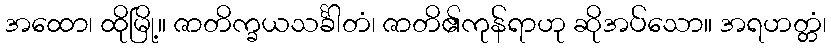
အထော၊ ထိုမြို့။ ဇာတိက္ခယသင်္ခါတံ၊ ဇာတိ၏ကုန်ရာဟု ဆိုအပ်သော။ အရဟတ္တံ၊